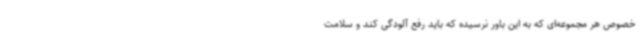
خصوص هر مجموعه‌ای که به این باور نرسیده که باید رفع آلودگی کند و سلامت